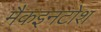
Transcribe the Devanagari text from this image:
मैकइनटोश